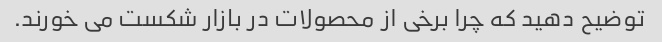
توضیح دهید که چرا برخی از محصولات در بازار شکست می خورند.